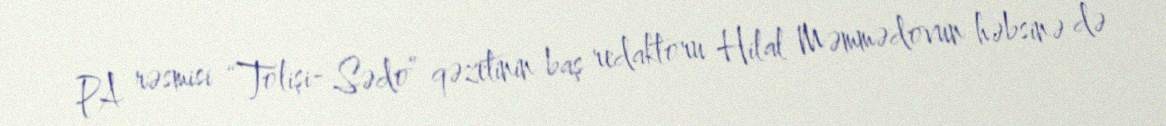
PA rəsmisi “Tolişi- Sədo” qəzetinin baş redaktoru Hilal Məmmədovun həbsinə də